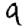
Digit: 9